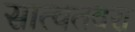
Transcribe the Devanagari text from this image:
सात्वतवरा